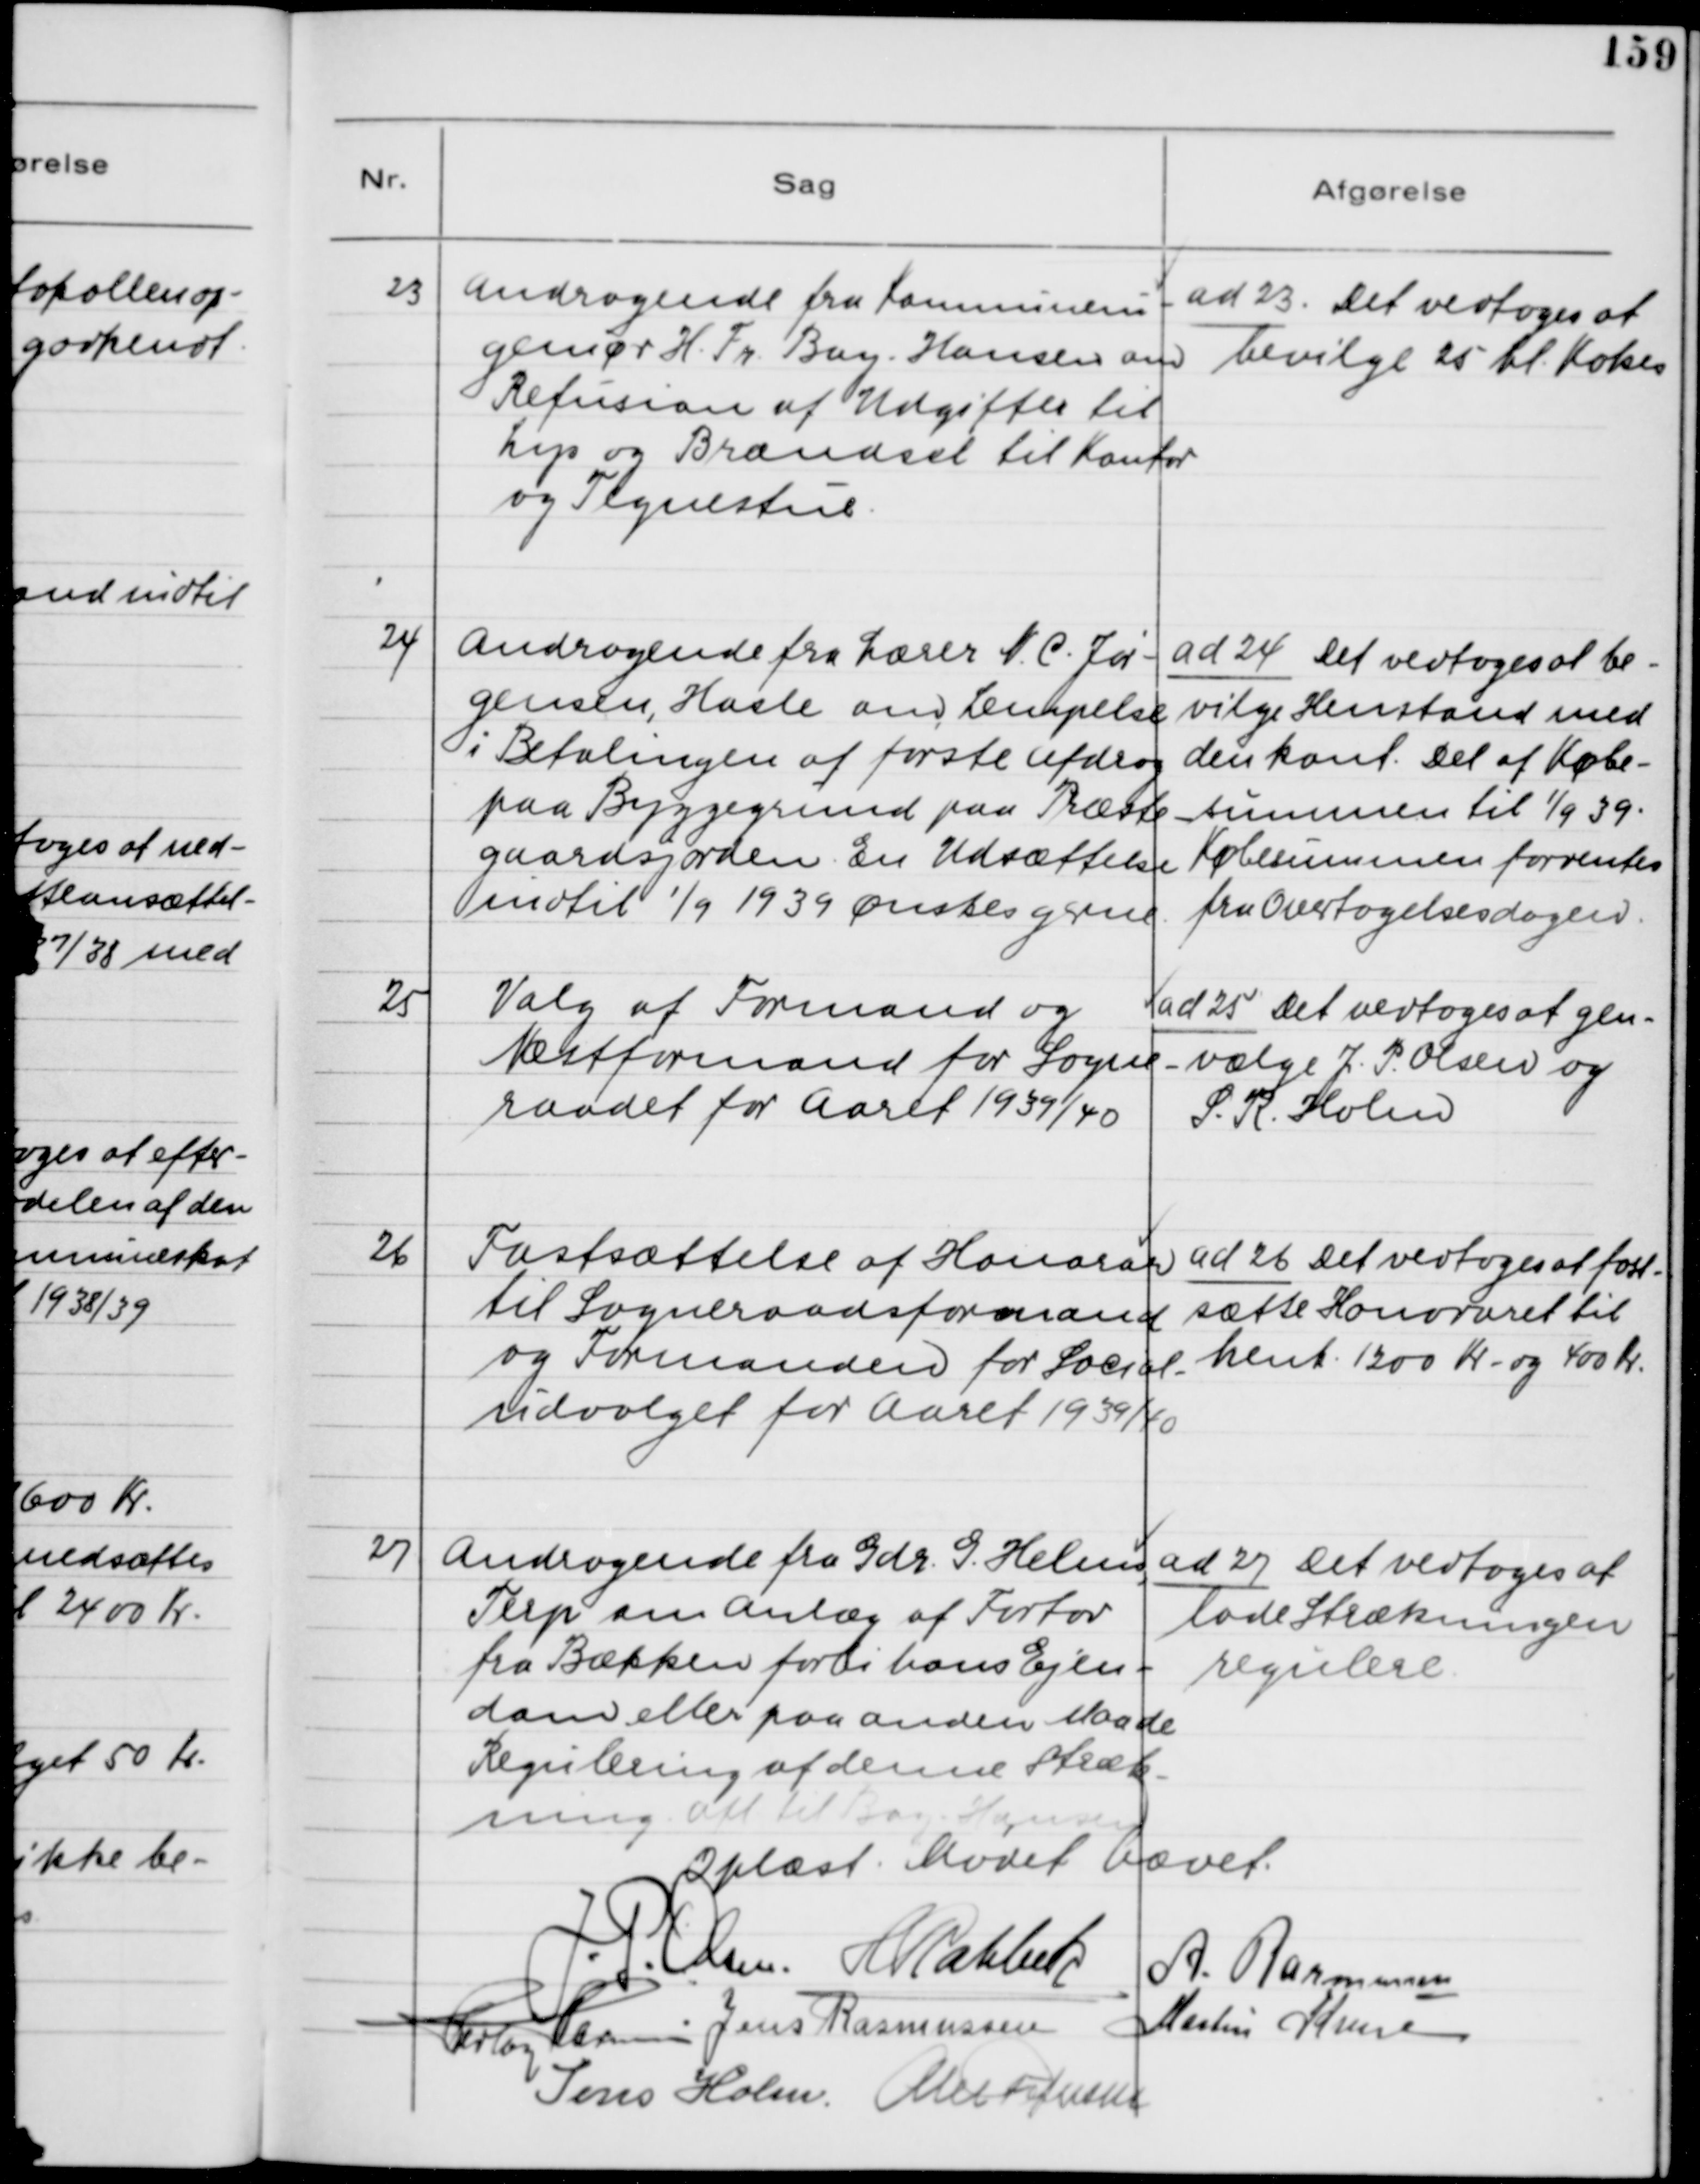
Transskription:
23. Andragende fra Kommunein-
geniør Fr. Bay-Hansen om
Refusion af Udgifter til
Lips og Brændsel til Kontor
og Tegnestue

ad 23. Det vedtoges at
bevilge 25 hl. Koks

24. Andragende fra Lærer N. C. Jør-
gensen, Hasle om Lempelse
i Betalingen af første Afdrag
paa Byggegrund paa Præste-
gaardsjorden. En Udsættelse
indtil 1/9 1939 Ønskes gerne.

ad 24. Det vedtoges at be-
vilge Henstand med
den kont. Del af Købe-
summen til 1/9 39.
Købesummen forrentes
fra Overtagelsesdagen.

25. Valg af Formand og
Næstformand for Sogne-
raadet for Aaret 1939/40

ad 25. Det vedtoges at gen-
vælge J. P. Olsen og
S. R. Holm

26. Fastsættelse af Honorar
til Sogneraadsformand
og Formanden for Social-
udvalget for Aaret 1939/40

ad 26. Det vedtoges at fort-
sætte Honoraret til
henh. 1200 Kr. og 400 Kr..

27. Andragende fra Gdr. G. Helms,
Terp om Anlæg af Fortov
fra Bækken forbi hans Ejen-
dom eller paa anden Maade
Regulering af denne Stræk-
ning. Afl. til Bay-Hansen

ad 27. Det vedtoges at
lade Strækningen
regulere.

Oplæst. Mødet hævet.